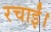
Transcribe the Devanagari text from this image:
रचाईं।